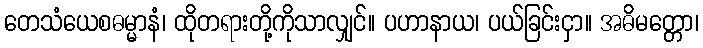
တေသံယေစဓမ္မာနံ၊ ထိုတရားတို့ကိုသာလျှင်။ ပဟာနာယ၊ ပယ်ခြင်းငှာ။ အဓိမတ္တော၊